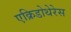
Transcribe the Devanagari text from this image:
एक्रिडोथेरेस